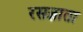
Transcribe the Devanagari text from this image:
रसज्ञाता